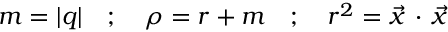
m = | q | \quad ; \quad \rho = r + m \quad ; \quad r ^ { 2 } = { \vec { x } } \, \cdot \, { \vec { x } }